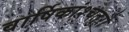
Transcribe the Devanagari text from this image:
वार्षिकांश्चतुरो